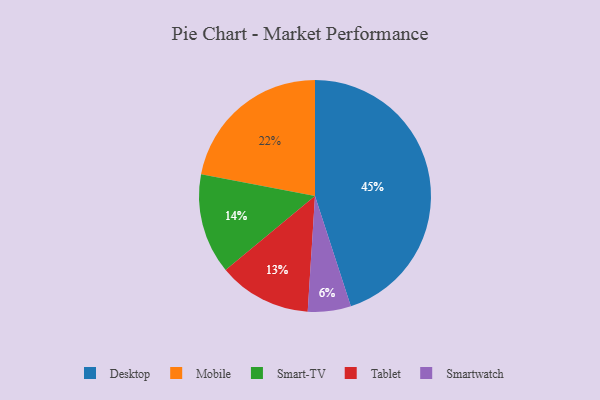
{"axis": {"x": "Category", "y": "Percentage"}, "legend": ["Desktop", "Mobile", "Smart-TV", "Smartwatch", "Tablet"], "data": [{"x": "Tablet", "y": 13, "type": "Tablet"}, {"x": "Desktop", "y": 45, "type": "Desktop"}, {"x": "Smartwatch", "y": 6, "type": "Smartwatch"}, {"x": "Mobile", "y": 22, "type": "Mobile"}, {"x": "Smart-TV", "y": 14, "type": "Smart-TV"}]}